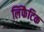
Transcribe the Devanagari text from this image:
लिंफैटिक